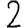
Digit: 2